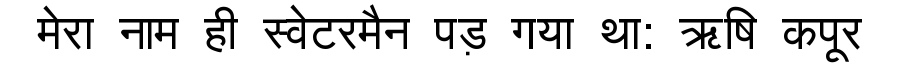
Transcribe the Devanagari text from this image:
मेरा नाम ही स्वेटरमैन पड़ गया था: ऋषि कपूर